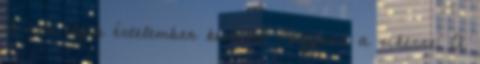
A nők ilyen értelemben kevésbé vágynak a sikerre. A